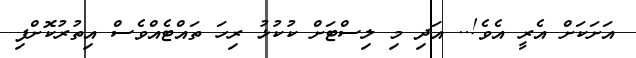
އަށަކަށް އެރީ އެވެ!.. އަދި މި ލިސްޓަށް ކުކުޅު ރިހަ ތައްޓެއްވެސް އިތުރުކޮށްފި